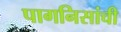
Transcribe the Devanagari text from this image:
पागनिसांची